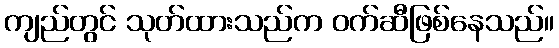
ကျည်တွင် သုတ်ထားသည်က ဝက်ဆီဖြစ်နေသည်။